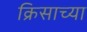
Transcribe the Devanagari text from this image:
क्रिसाच्या